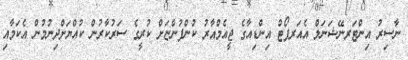
ނާސިރު އިންޓަރނޭޝަނަލް އެއަރޕޯޓް އިންޑިއާގެ ޖީއެމްއާރު ކުންފުންޏަށް ކުރީގެ ސަރުކާރުން ކުއްޔަށްދިނުމުން އެކަމާއި